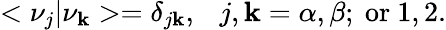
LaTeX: <\nu_{j}|\nu_{\mathbf{k}}>=\delta_{j\mathbf{k}},~~~j,\mathbf{k}=\alpha,\beta;~\mathrm{{or}}~1,2.